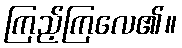
ကြည့်ကြလေ၏။